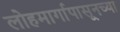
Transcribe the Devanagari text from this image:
लोहमार्गापासूनच्या